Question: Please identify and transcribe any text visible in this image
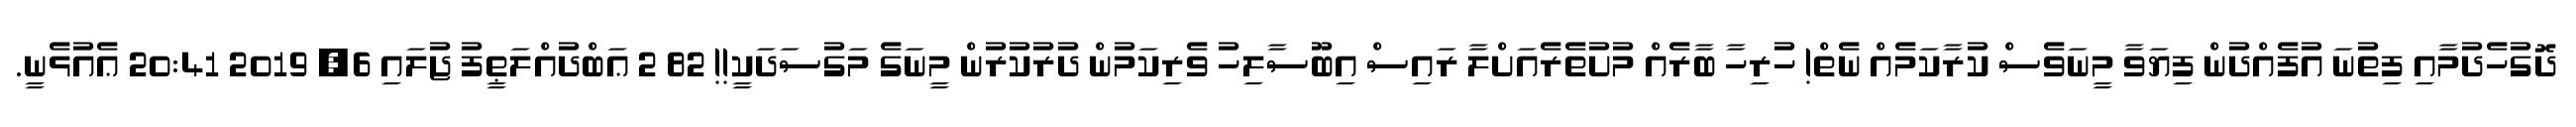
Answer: ދޮގުހެދުމާއި ފިތުނަ އުފެއްދުން ފިޔަވާ މީނަވެސް ކުރާކަމެއް ނެތް! ހުރިހާ ބާރެއް މުށުތެރެއަށްލާ ރައިސް އިބޫސާލިހު ވެރިކަމުން ދުރުކުރުން މީނަގެ މަގުސަދަކީ!! 82 2 ޢަބްދުއްލަޠީފު ޖުލައި 6, 2019 20:41 ޢެއުޅެނީ.